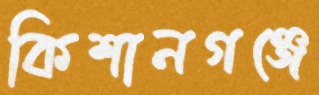
কিশানগঞ্জে